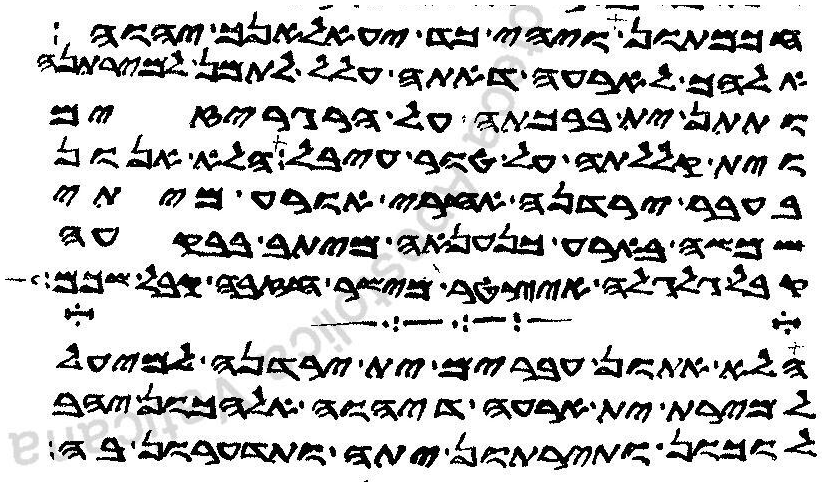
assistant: חכמתון ויהי כד יעאלאנך יהוה
אלהך לארעה דאתה עלל לתמן למירתנה
ותתן ית ברכתה על הרגריזים
וית קללתה על טור עיבל הלא אנון
בעבר ירדנה אחרי אורע מיתי
שמשה בארע כנענאה מיתב בבקעה
קבל גלגלה איצטר מישר חזבה קבל שכם
הלא אתון עברים ית ירדנה למיעל
למירת ית ארעה דיהוה אלהכון יהב
לוכון ותירתון יתה ותדערון בה